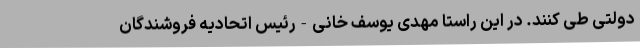
دولتی طی کنند. در این راستا مهدی یوسف خانی-رئیس اتحادیه فروشندگان